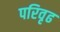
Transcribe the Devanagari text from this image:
परिवृढ